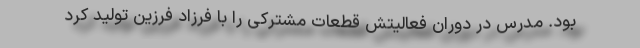
بود. مدرس در دوران فعالیتش قطعات مشترکی را با فرزاد فرزین تولید کرد